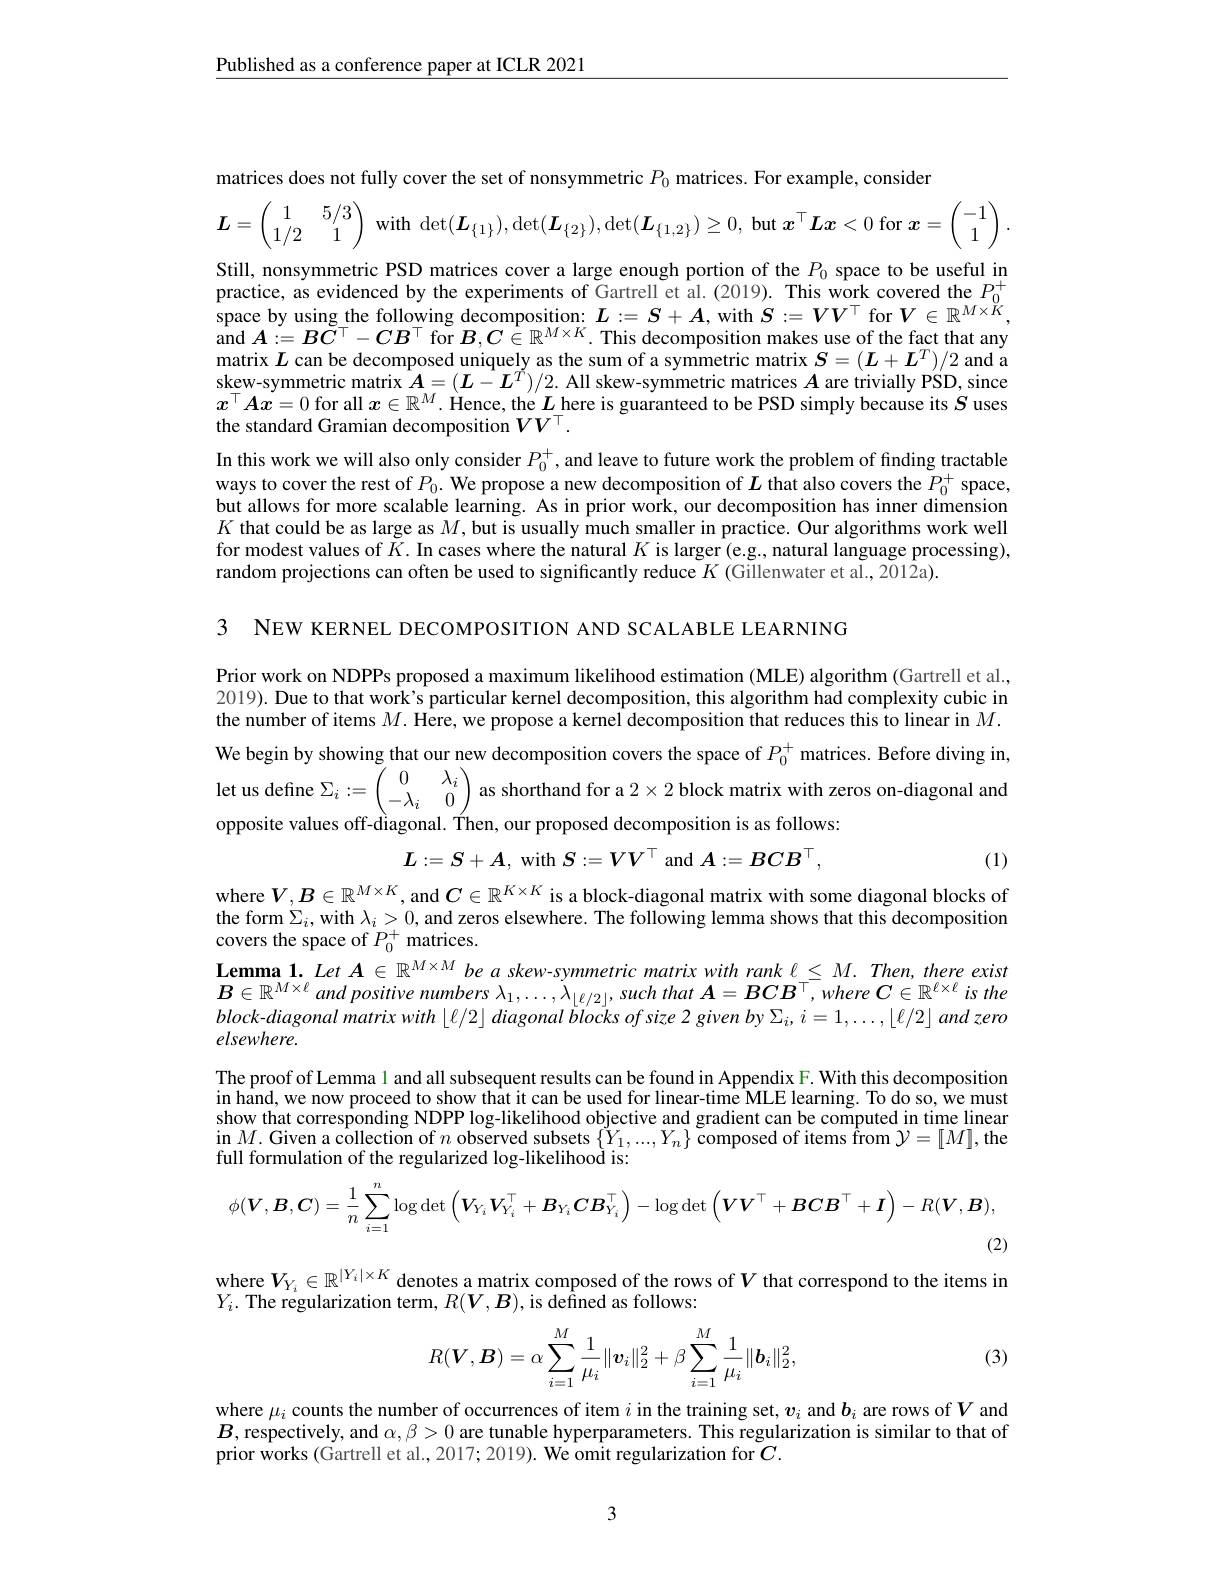
$\underline{\text{Published as a conference paper at ICLR 2021}}$

matrices does not fully cover the set of nonsymmetric $P_{0}$ matrices. For example, consider
$$=\left(\begin{matrix}{1}&{5/3}\\{1/2}&{1}\\\end{matrix}\right)\:\mathrm{with}\:\operatorname*{det}(\boldsymbol{L}_{\{1\}}),\operatorname*{det}(\boldsymbol{L}_{\{2\}}),\operatorname*{det}(\boldsymbol{L}_{\{1,2\}})\geq0,\:\mathrm{but}\:\boldsymbol{x}^{\top}\boldsymbol{L}\boldsymbol{x}<0\:\mathrm{for}\:\boldsymbol{x}=0$$
1
Still, nonsymmetric PSD matrices cover a large enough portion of the $P_{0}$ space to be useful in practice, as evidenced by the experiments of Gartrell et al.(2019). This work covered the $P_{0}^{+}$ space by using the following decomposition: $L:=S+A$, with $S:=VV^\top$ for $V\in\mathbb{R}^{M\times K}$ and $A:=BC^\top-CB^\top$ for $B,C\in\mathbb{R}^{M\times K}.$ This decomposition makes use of the fact that any matrix $L$ can be decomposed uniquely as the sum of a symmetric matrix $S=(L+L^T)/2$ and a skew-symmetric matrix $\hat{A}=(\boldsymbol{L}-\hat{\boldsymbol{L}^T})/2.$ All skew-symmetric matrices $A$ are trivially PSD, since $x^\top Ax=0$ for all $x\in\mathbb{R}^M.$ Hence, the $L$ here is guaranteed to be PSD simply because its $S$ uses the standard Gramian decomposition $VV^\top.$
In this work we will also only consider $P_0^+$ ,and leave to future work the problem of finding tractable ways to cover the rest of $P_0.$ We propose a new decomposition of $L$ that also covers the $P_0^+$ space, but allows for more scalable learning. As in prior work, our decomposition has inner dimension $K$ that could be as large as $M$, but is usually much smaller in practice. Our algorithms work well for modest values of $\tilde{K}.$ In cases where the natural $K$ is larger (e.g., natural language processing), random projections can often be used to significantly reduce $K$ (Gillenwater et al., 2012a).

3 NEW KERNEL DECOMPOSITION AND SCALABLE LEARNING

Prior work on NDPPs proposed a maximum likelihood estimation (MLE) algorithm (Gartrell et al. 2019). Due to that work's particular kernel decomposition, this algorithm had complexity cubic in the number of items $M.$ Here, we propose a kernel decomposition that reduces this to linear in $M.$ We begin by showing that our new decomposition covers the space of $P_0^+$ matrices. Before diving in, et us define $\Sigma_i:=\begin{pmatrix}0&\lambda_{i}\\-\lambda_{i}&0\end{pmatrix}$ as shorthand for a $2\times2$ block matrix with zeros on-diagonal andis (-1) opposite values off-diagonal. Ýhen, our proposed decomposition is as follows:
$$L:=S+A,\mathrm{~with~}S:=VV^\top\mathrm{~and~}A:=BCB^\top,$$
(1)

where $V,B\in\mathbb{R}^{M\times K}$, and $C\in\mathbb{R}^{K\times K}$ is a block-diagonal matrix with some diagonal blocks of the form $\Sigma_i$,with $\lambda_i>0$, and zeros elsewhere. The following lemma shows that this decomposition covers the space of $P_0^+$ matrices.
$\textbf{Lemma 1. Let }A\in \mathbb{R} ^{M\times M}$ be a skew-symmetric matrix with rank $\ell\leq M.$ Then, there exist $B\in\mathbb{R}^{M\times\ell}$ and positive numbers $\lambda_1,\ldots,\tilde{\lambda}_{\lfloor\ell/2\rfloor}$, such that $A= BCB^\top , where$ $C\in \mathbb{R} ^{\ell \times \ell }$ $is$ the $block-diagonalmatrixwith\lfloor\ell/2\rfloor diagonalblocksofsize2givenby\Sigma_i,i=1,\ldots,\lfloor\ell/2\rfloor andzero$ elsewhere.
The proof of Lemma l and all subsequent results can be found in Appendix F. With this decomposition $inh\hat{a}nd,wenowproceedtoshowth\hat{a}titcanbeusedforlinear-timeMLElearning.Todoso,\hat{w}emust$ show that corresponding NDPP log-likelihood objective and gradient can be computed in time linear in $M.$ Given a collection of $n$ observed subsets $\{Y_1,...,Y_n\}$ composed of items from $\mathcal{Y}=[M]$, the full formulation of the regularized log-likelihood is:
$$\phi(\boldsymbol{V},\boldsymbol{B},\boldsymbol{C})=\frac{1}{n}\sum_{i=1}^{n}\log\det\left(\boldsymbol{V}_{Y_{i}}\boldsymbol{V}_{Y_{i}}^{\top}+\boldsymbol{B}_{Y_{i}}\boldsymbol{C}\boldsymbol{B}_{Y_{i}}^{\top}\right)-\log\det\left(\boldsymbol{V}\boldsymbol{V}^{\top}+\boldsymbol{B}\boldsymbol{C}\boldsymbol{B}^{\top}+\boldsymbol{I}\right)-R(\boldsymbol{V},\boldsymbol{B}),$$
(2)

where $V_{Y_i}\in\mathbb{R}^{|Y_i|\times K}$ denotes a matrix composed of the rows of $V$ that correspond to the items in
$Y_{i}.$ The regularization term, $R(V,B)$, is defined as follows:

(3)
$$R(\boldsymbol{V},\boldsymbol{B})=\alpha\sum_{i=1}^M\frac{1}{\mu_i}\|\boldsymbol{v}_i\|_2^2+\beta\sum_{i=1}^M\frac{1}{\mu_i}\|\boldsymbol{b}_i\|_2^2,$$
where $\mu_i$ counts the number of occurrences of item $i$ in the training set, $v_i$ and $b_i$ are rows of $V$ and $B$,respectively, and $\alpha,\beta>0$ are tunable hyperparameters. This regularization is similar to that of prior $\hat{\text{works(Gartrell et al., 2017; 2019). We omit regularization for}C.}$

3